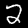
Digit: 2